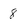
Character: 8